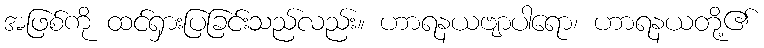
အဖြစ်ကို ထင်ရှားပြခြင်းသည်လည်း။ ဟာရနယဗျာပါရော၊ ဟာရနယတို့၏